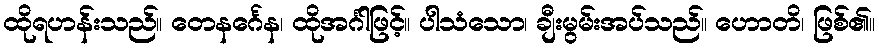
ထိုရဟန်းသည်။ တေနင်္ဂေန၊ ထိုအင်္ဂါဖြင့်။ ပါသံသော၊ ချီးမွမ်းအပ်သည်။ ဟောတိ၊ ဖြစ်၏။